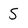
Character: S